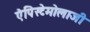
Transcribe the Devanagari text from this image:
ऐपिस्टेमोलाजी